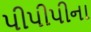
પીપીપીના